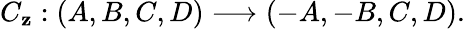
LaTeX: C_{\mathbf{z}}:(A,B,C,D)\longrightarrow(-A,-B,C,D).